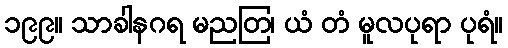
၁၉၉။ သာခါနဂရ မညတြ၊ ယံ တံ မူလပုရာ ပုရံ။